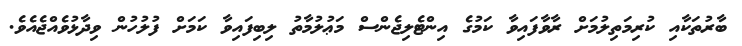
ބާރުތަކާއި ކުރިމަތިލުމަށް ރާވާފައިވާ ކަމުގެ އިންޓެލިޖެންސް މަޢުލުމާތު ލިބިފައިވާ ކަމަށް ފުލުހުން ވިދާޅުވެއްޖެއެވެ.